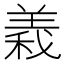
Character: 𮊫